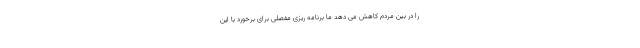
را در بین مردم کاهش می دهد ما برنامه ریزی مفصلی برای برخورد با این